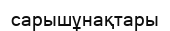
сарышұнақтары